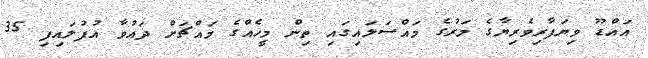
އައްޑޫ ވިޔަފާރިވެރިޔާގެ މަރުގެ މައްސަލައިގައި ތިން މީހެއްގެ މައްޗަށް ދައުވާ އުފުލައިފި 35